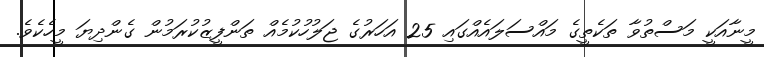
މީނާއަކީ މަސްތުވާ ތަކެތީގެ މައްސަލައެއްގައި 25 އަހަރުގެ ޖަލުހުކުމެއް ތަންފީޒުކުރަމުން ގެންދިޔަ މީހެކެވެ.